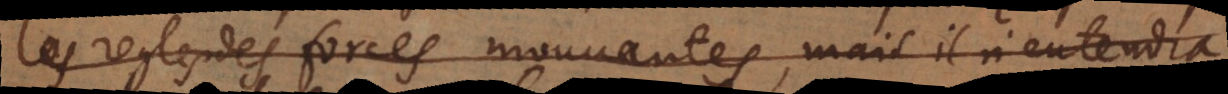
les regles des forces mouvantes, mais il n’entendra